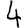
Digit: 4